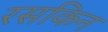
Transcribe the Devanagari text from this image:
रसकिन